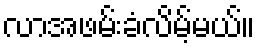
လာအဖမ်းခံလိမ့်မယ်။